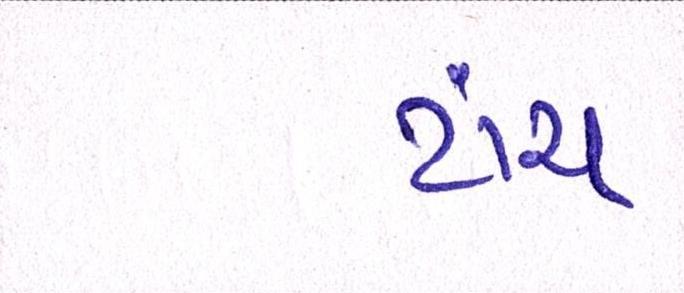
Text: ટાંચ